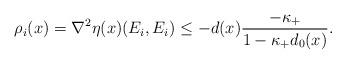
LaTeX: \begin{align*}\rho_i(x)=\nabla^2 \eta(x)(E_i,E_i)\leq -d(x)\frac{-\kappa_+}{1-\kappa_+ d_0(x)}.\end{align*}